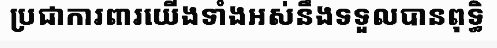
ប្រជាការពារយើងទាំងអស់នឹងទទួលបានពុទ្ធិ